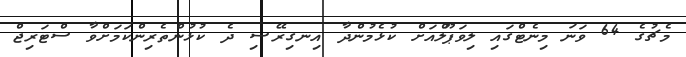
މެޗުގެ 64 ވަނަ މިނެޓްގައި ލިވަޕޫލްއަށް ކުޅެމުންދާ އިނގިރޭސި ދެ ކުޅުންތެރިންކަމަށްވާ ސްޓަރިޖް